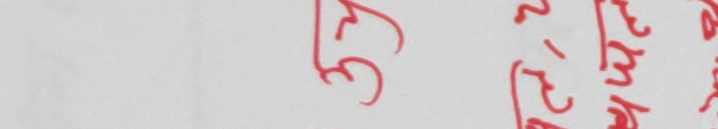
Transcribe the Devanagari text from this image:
उउ